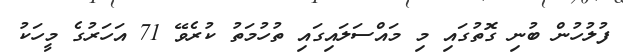
ފުލުހުން ބުނި ގޮތުގައި މި މައްސަލައިގައި ތުހުމަތު ކުރެވޭ 71 އަހަރުގެ މީހަކު